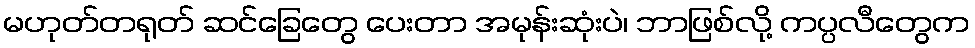
မဟုတ်တရုတ် ဆင်ခြေတွေ ပေးတာ အမုန်းဆုံးပဲ၊ ဘာဖြစ်လို့ ကပ္ပလီတွေက